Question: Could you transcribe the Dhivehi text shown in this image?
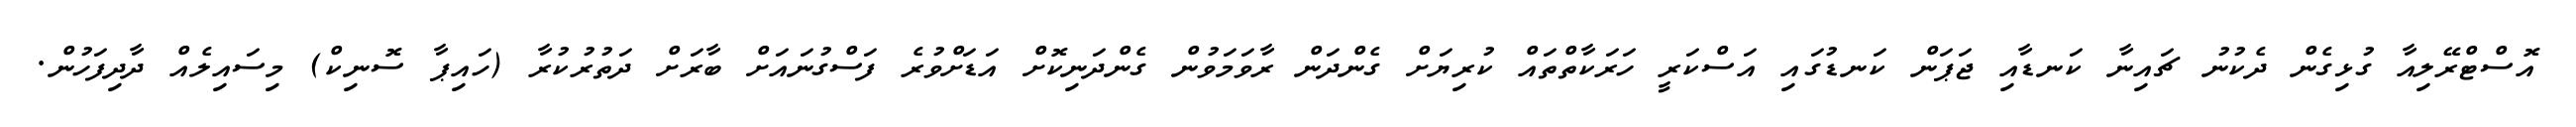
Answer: އޮސްޓްރޭލިއާ ގުޅިގެން ދެކުނު ޗައިނާ ކަނޑާއި ޖަޕަން ކަނޑުގައި އަސްކަރީ ހަރަކާތްތައް ކުރިޔަށް ގެންދަން ރާވަމަވުން ގެންދަނިކޮށް އަޑަށްވުރެ ފަސްގުނައަށް ބާރަށް ދަތުރުކުރާ (ހައިޕާ ސޮނިކް) މިސައިލެއް ދާދިފަހުން.